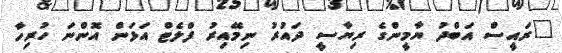
"ރައީސް އަބްދު ޔާމީންގެ ރިޔާސީ ދައުރު ނިމޭއިރު ފްލެޓް އަޅަން އޮންނަ ހުރިހާ